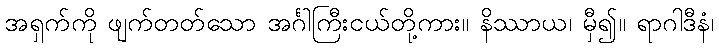
အရှက်ကို ဖျက်တတ်သော အင်္ဂါကြီးငယ်တို့ကား။ နိဿာယ၊ မှီ၍။ ရာဂါဒီနံ၊